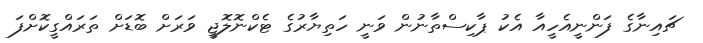
ޗައިނާގެ ފަންނީއެހީއާ އެކު ޕާކިސްތާނުން ވަނީ ހަތިޔާރުގެ ޓެކްނޮލޮޖީ ވަރަށް ބޮޑަށް ތަރައްގީކޮށްފަ